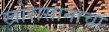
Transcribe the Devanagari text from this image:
खोरासानाचा